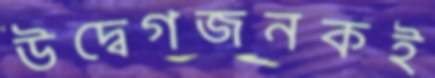
উদ্বেগজনকই